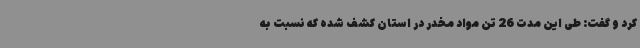
کرد و گفت: طی این مدت 26 تن مواد مخدر در استان کشف شده که نسبت به